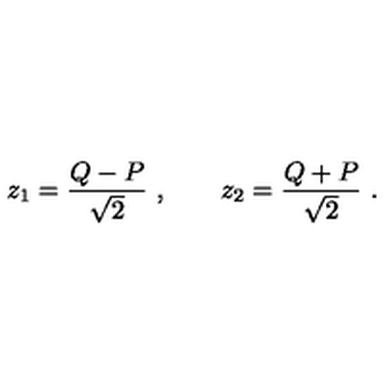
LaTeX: z _ { 1 } = \frac { Q - P } { \sqrt { 2 } } \ , \qquad z _ { 2 } = \frac { Q + P } { \sqrt { 2 } } \ .